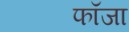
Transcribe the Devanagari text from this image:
फॉजा